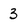
Character: 3